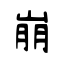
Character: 崩